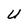
Character: U